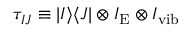
\tau _ { I J } \equiv | I \rangle \langle J | \otimes I _ { \mathrm { E } } \otimes I _ { \mathrm { v i b } }